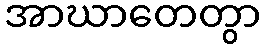
အာဃာတေတွာ